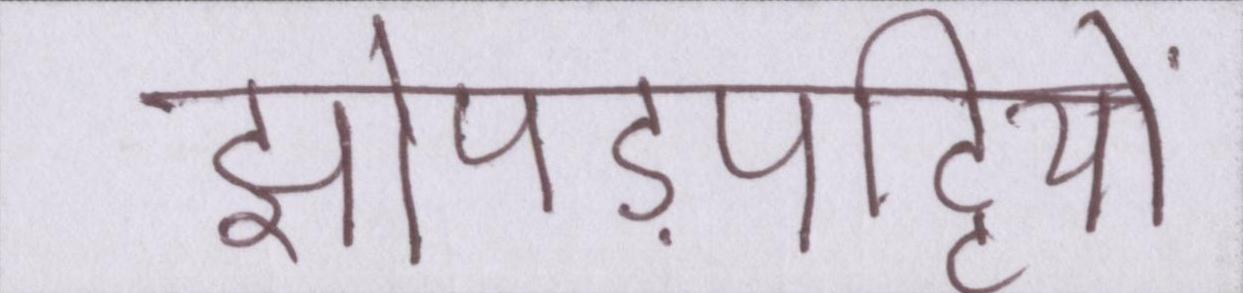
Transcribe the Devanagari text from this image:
झोपड़पट्टियों